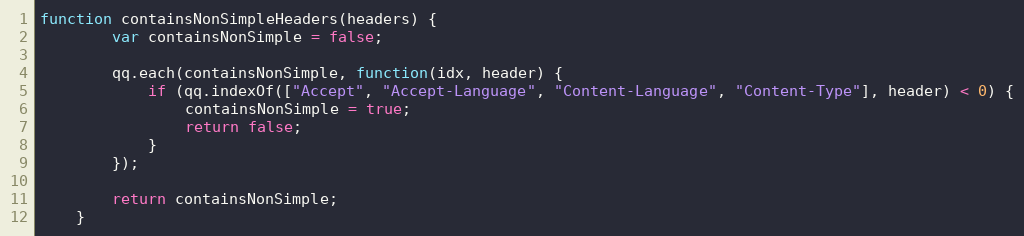
Language: JavaScript
function containsNonSimpleHeaders(headers) {
        var containsNonSimple = false;

        qq.each(containsNonSimple, function(idx, header) {
            if (qq.indexOf(["Accept", "Accept-Language", "Content-Language", "Content-Type"], header) < 0) {
                containsNonSimple = true;
                return false;
            }
        });

        return containsNonSimple;
    }